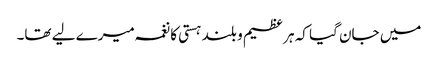
میں جان گیا کہ ہر عظیم و بلند ہستی کا نغمہ میرے لیے تھا۔